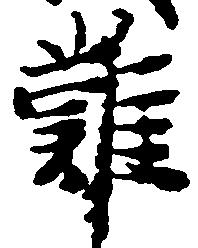
難